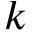
k